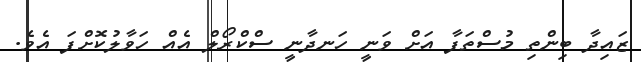
ޒައިދާ ބިންތި މުސްތަފާ އަށް ވަނީ ހަނދާނީ ސްކްރޯލް އެއް ހަވާލުކޮށްފަ އެވެ.